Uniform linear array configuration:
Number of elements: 32
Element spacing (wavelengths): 0.5
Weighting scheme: cosine
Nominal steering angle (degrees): -15
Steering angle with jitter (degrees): -14.103
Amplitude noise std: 0.05
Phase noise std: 0.05

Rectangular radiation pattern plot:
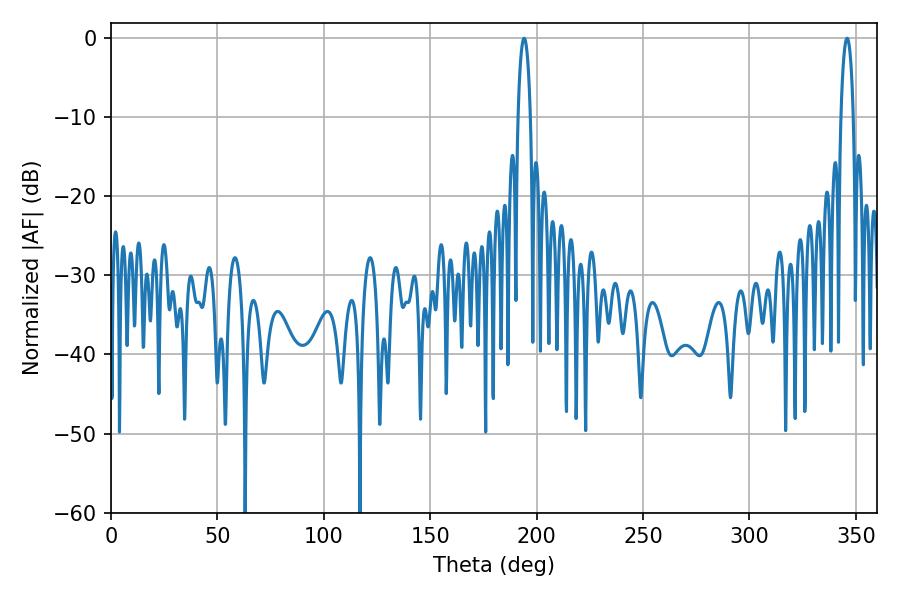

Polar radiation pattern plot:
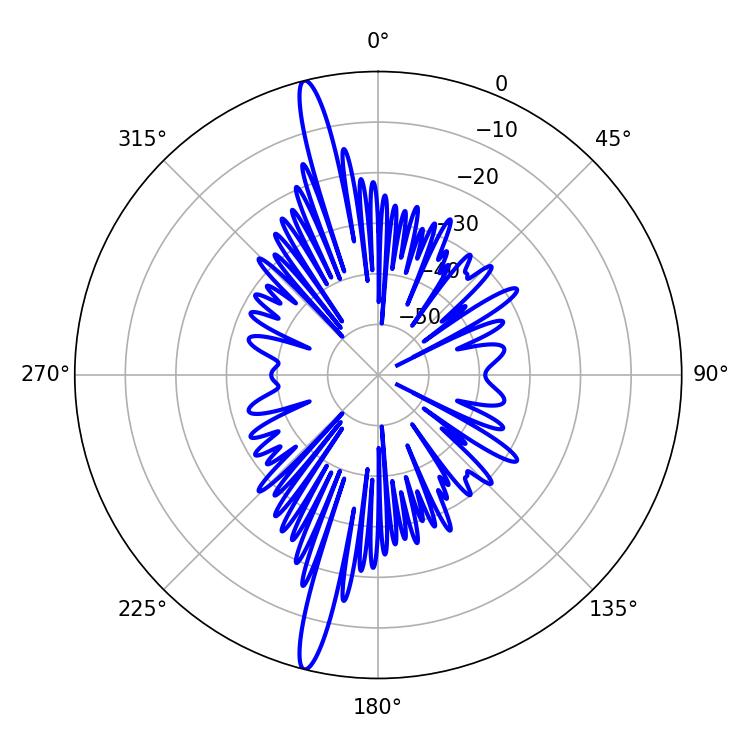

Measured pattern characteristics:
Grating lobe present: FALSE
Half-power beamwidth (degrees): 3.42
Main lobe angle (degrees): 194.04